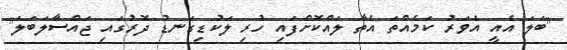
"ބަލަ އެއީ އެވަރު ކަމެއްތަ އެތާ ލައްކޮށްފައި ހުރި ލަކުޑިގަނޑު ދޮރުގައި ޖައްސާލަބަލަ"